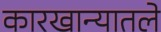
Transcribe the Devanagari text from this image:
कारखान्यातले